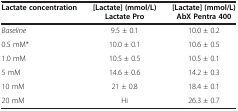
| Lactate concentration | [Lactate] (mmol/L) Lactate Pro | [Lactate] (mmol/L) AbX Pentra 400 |
 | --- | --- | --- |
 | Baseline | 9.5 ± 0.1 | 10.0 ± 0.2 |
 | 0.5 mM* | 10.0 ± 0.1 | 10.6 ± 0.5 |
 | 1.0 mM | 10.5 ± 0.5 | 10.5 ± 0.1 |
 | 5 mM | 14.6 ± 0.6 | 14.2 ± 0.3 |
 | 10 mM | 21 ± 0.8 | 18.4 ± 0.1 |
 | 20 mM | Hi | 26.3 ± 0.7 |